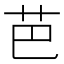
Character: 芭